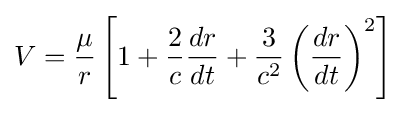
V={\frac {\mu }{r}}\left[1+{\frac {2}{c}}{\frac {dr}{dt}}+{\frac {3}{c^{2}}}\left({\frac {dr}{dt}}\right)^{2}\right]